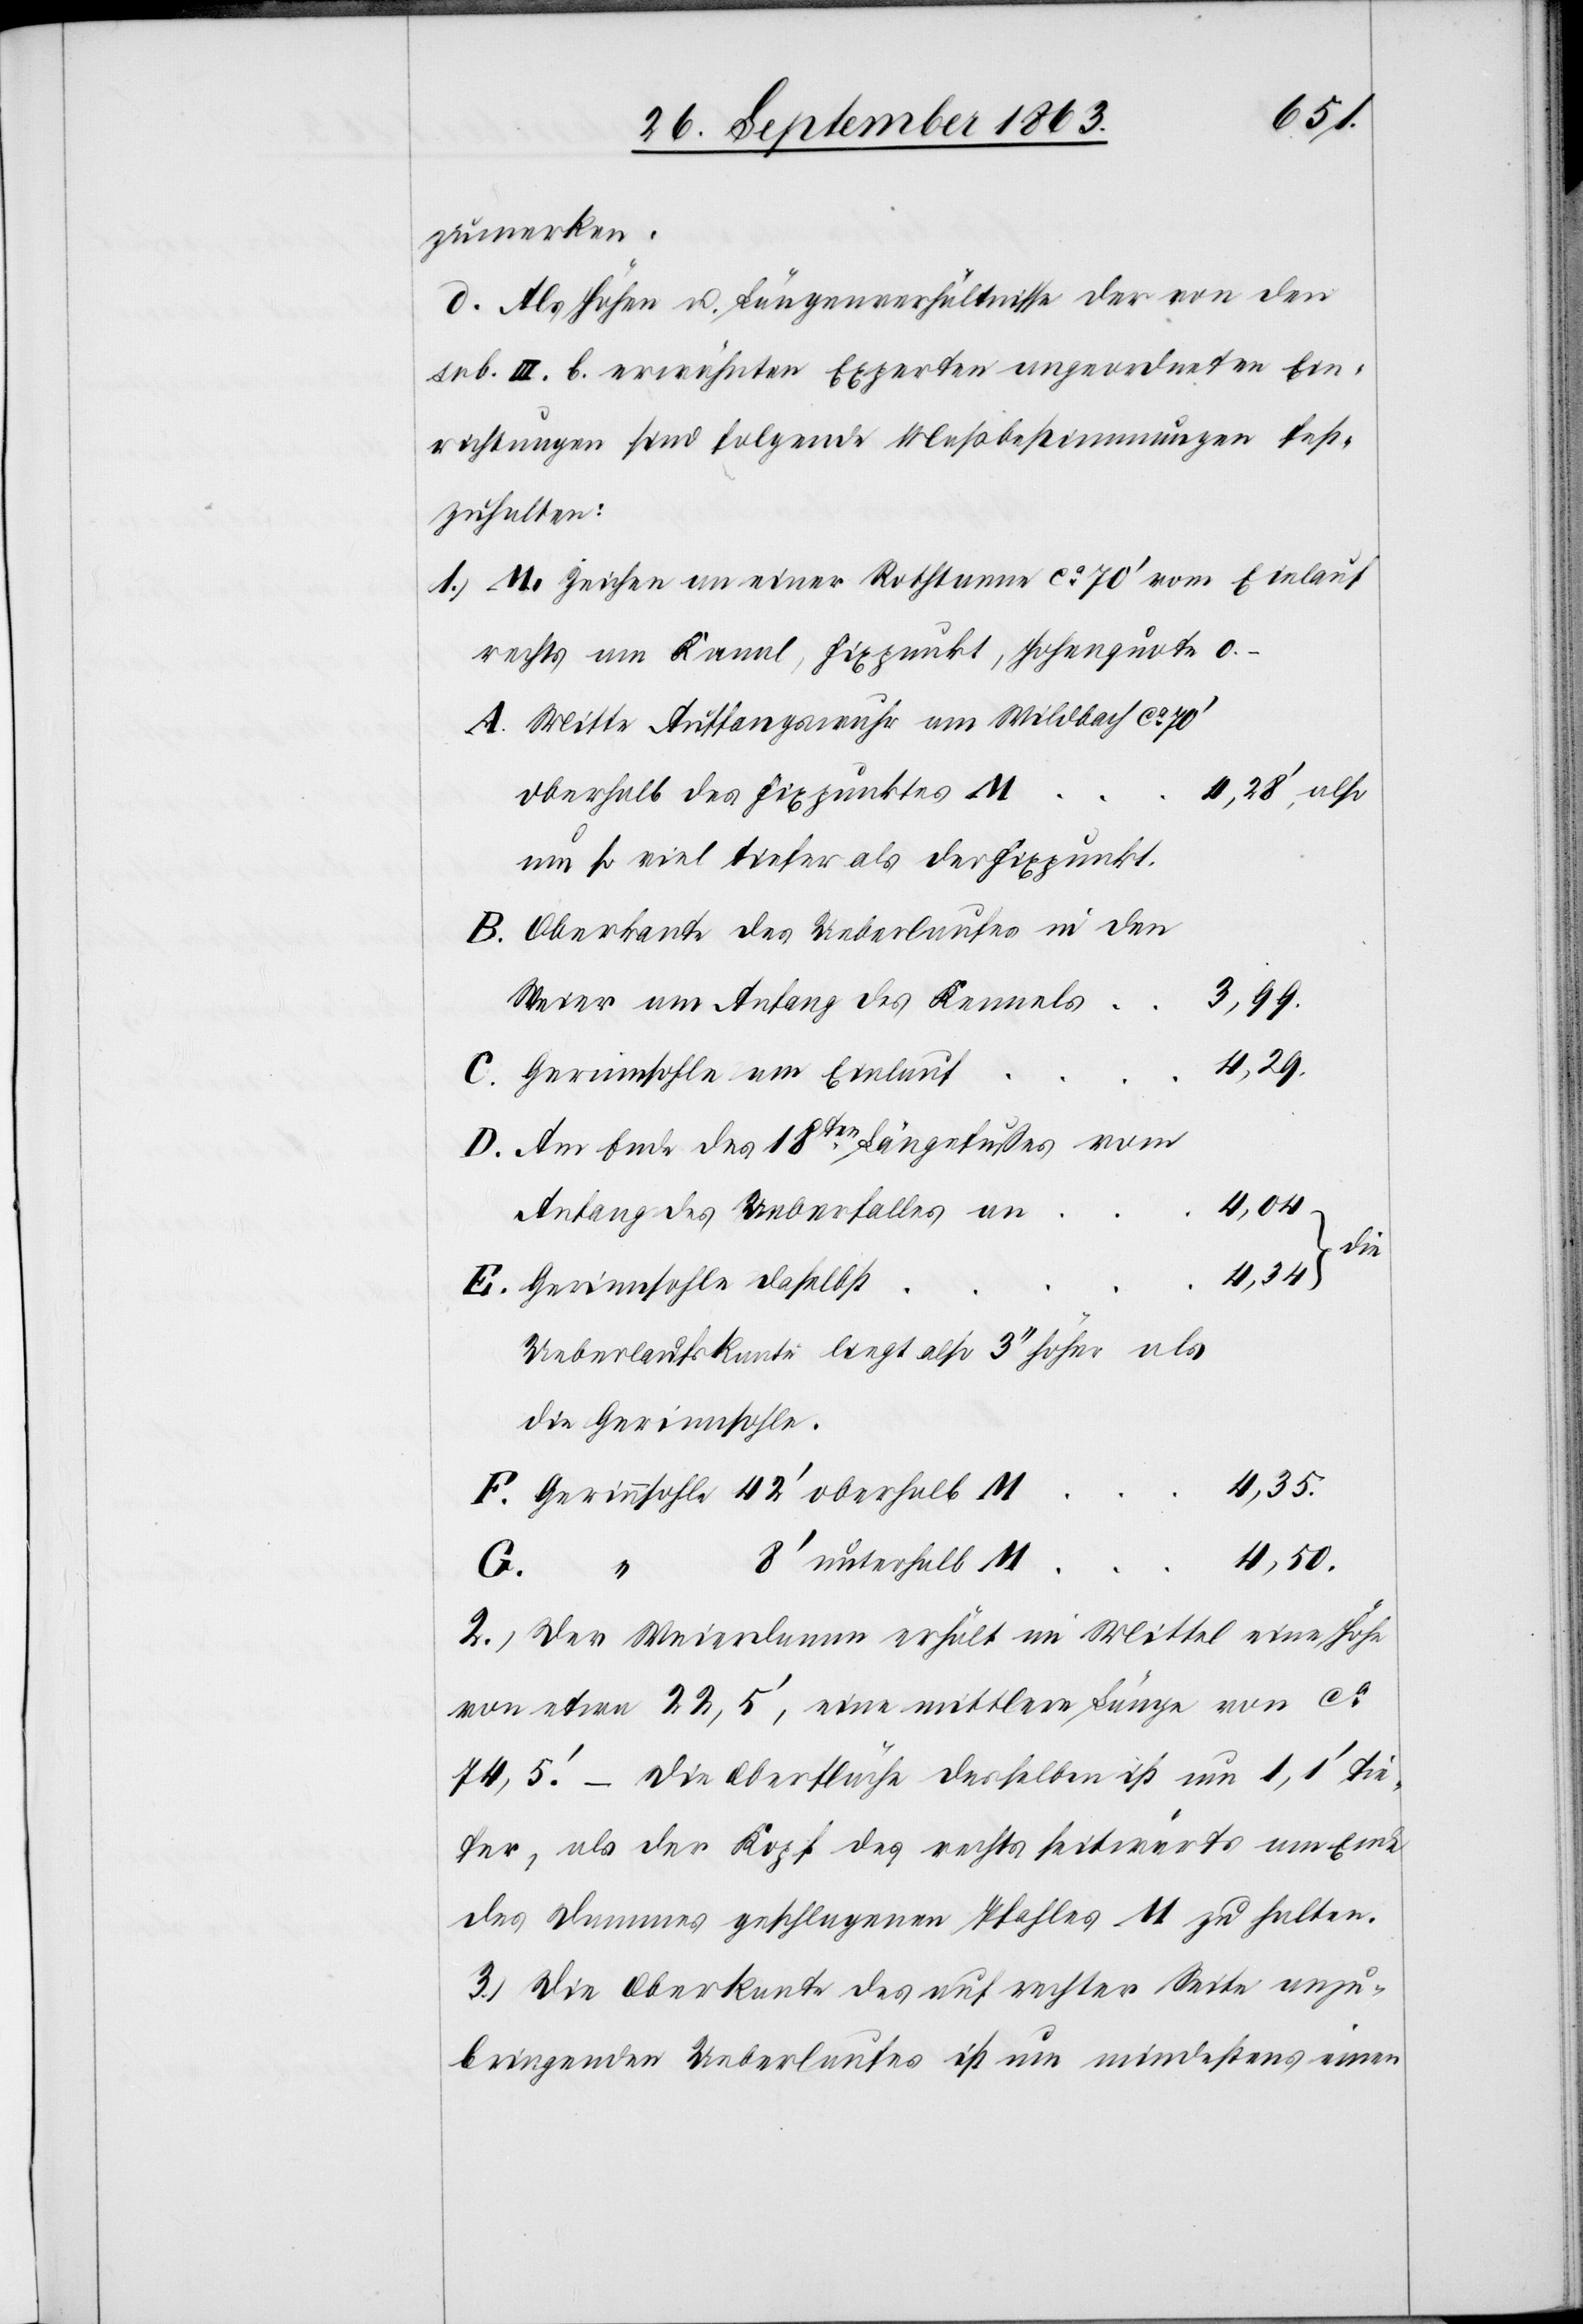
zumerken.
d. Als Höhen[-] u. Längenverhältnisse der von den
sub. III. b. erwähnten Experten angeordneten Ein¬
richtungen sind folgende Meßbestimmungen fest¬
zuhalten:
Zeichen an einer Rothtanne ca 70' vom Einlauf
rechts am Kanal, Fixpunkt, Hohenquote
Mitte Auffangswuhr am Wildbach ca 70'
oberhalb des Fixpunktes M
Oberkante des Ueberlaufes in den
Weier am Anfang des Kennels
–
4,29.
Gerinnsohle am Einlauf
Am Ende des 18ten Längefußes vom
4,04
Anfang des Ueberfalles an
die
also
Gerinnsohle daselbst
Ueberlaufskante liegt also 3'' höher als
die Gerinnsohle
4,35.
Gerinnsohle 42' oberhalb M
4,50.
8' unterhalb M
G.
“
2.) Der Weierdamm erhält im Mittel eine Höhe
von etwa 22,5', eine mittlere Länge von ca
74,5'. – Die Oberfläche desselben ist um 1,1' tie¬
fer, als der Kopf des rechts seitwärts am Ende
des Dammes geschlagenen Pfahles M zu halten.
3.) Die Oberkante des auf rechter Seite anzu¬
bringenden Ueberlaufes ist nun mindestens einen